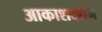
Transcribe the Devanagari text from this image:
आकाशदर्शन